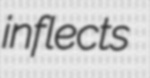
inflects